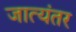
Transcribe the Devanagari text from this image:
जात्यंतर